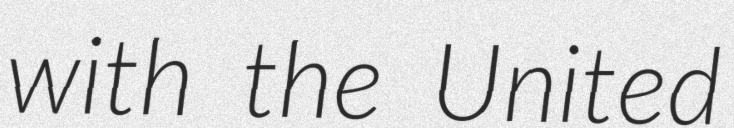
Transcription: with the United